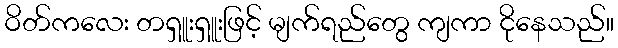
ဝိတ်ကလေး တရှူးရှူးဖြင့် မျက်ရည်တွေ ကျကာ ငိုနေသည်။